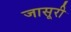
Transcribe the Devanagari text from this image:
जासूरी